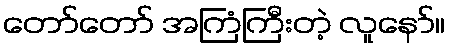
တော်တော် အကြံကြီးတဲ့ လူနော်။